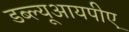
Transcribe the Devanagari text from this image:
डब्ल्यूआयपीए